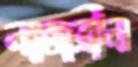
নাজরীন